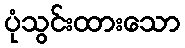
ပုံသွင်းထားသော